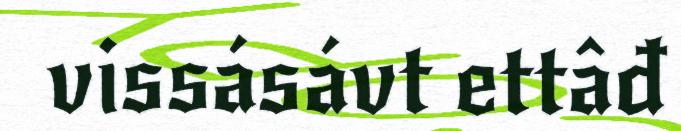
vissásávt ettâđ